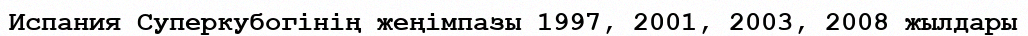
Испания Суперкубогінің жеңімпазы 1997, 2001, 2003, 2008 жылдары